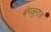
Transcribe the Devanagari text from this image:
बंगळुरात